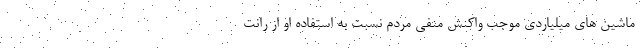
ماشین های میلیاردی موجب واکنش منفی مردم نسبت به استفاده او از رانت